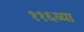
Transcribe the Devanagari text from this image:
११६व्या